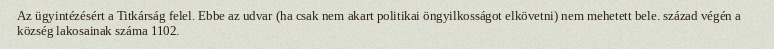
Az ügyintézésért a Titkárság felel. Ebbe az udvar (ha csak nem akart politikai öngyilkosságot elkövetni) nem mehetett bele. század végén a község lakosainak száma 1102.